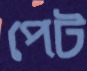
পেট